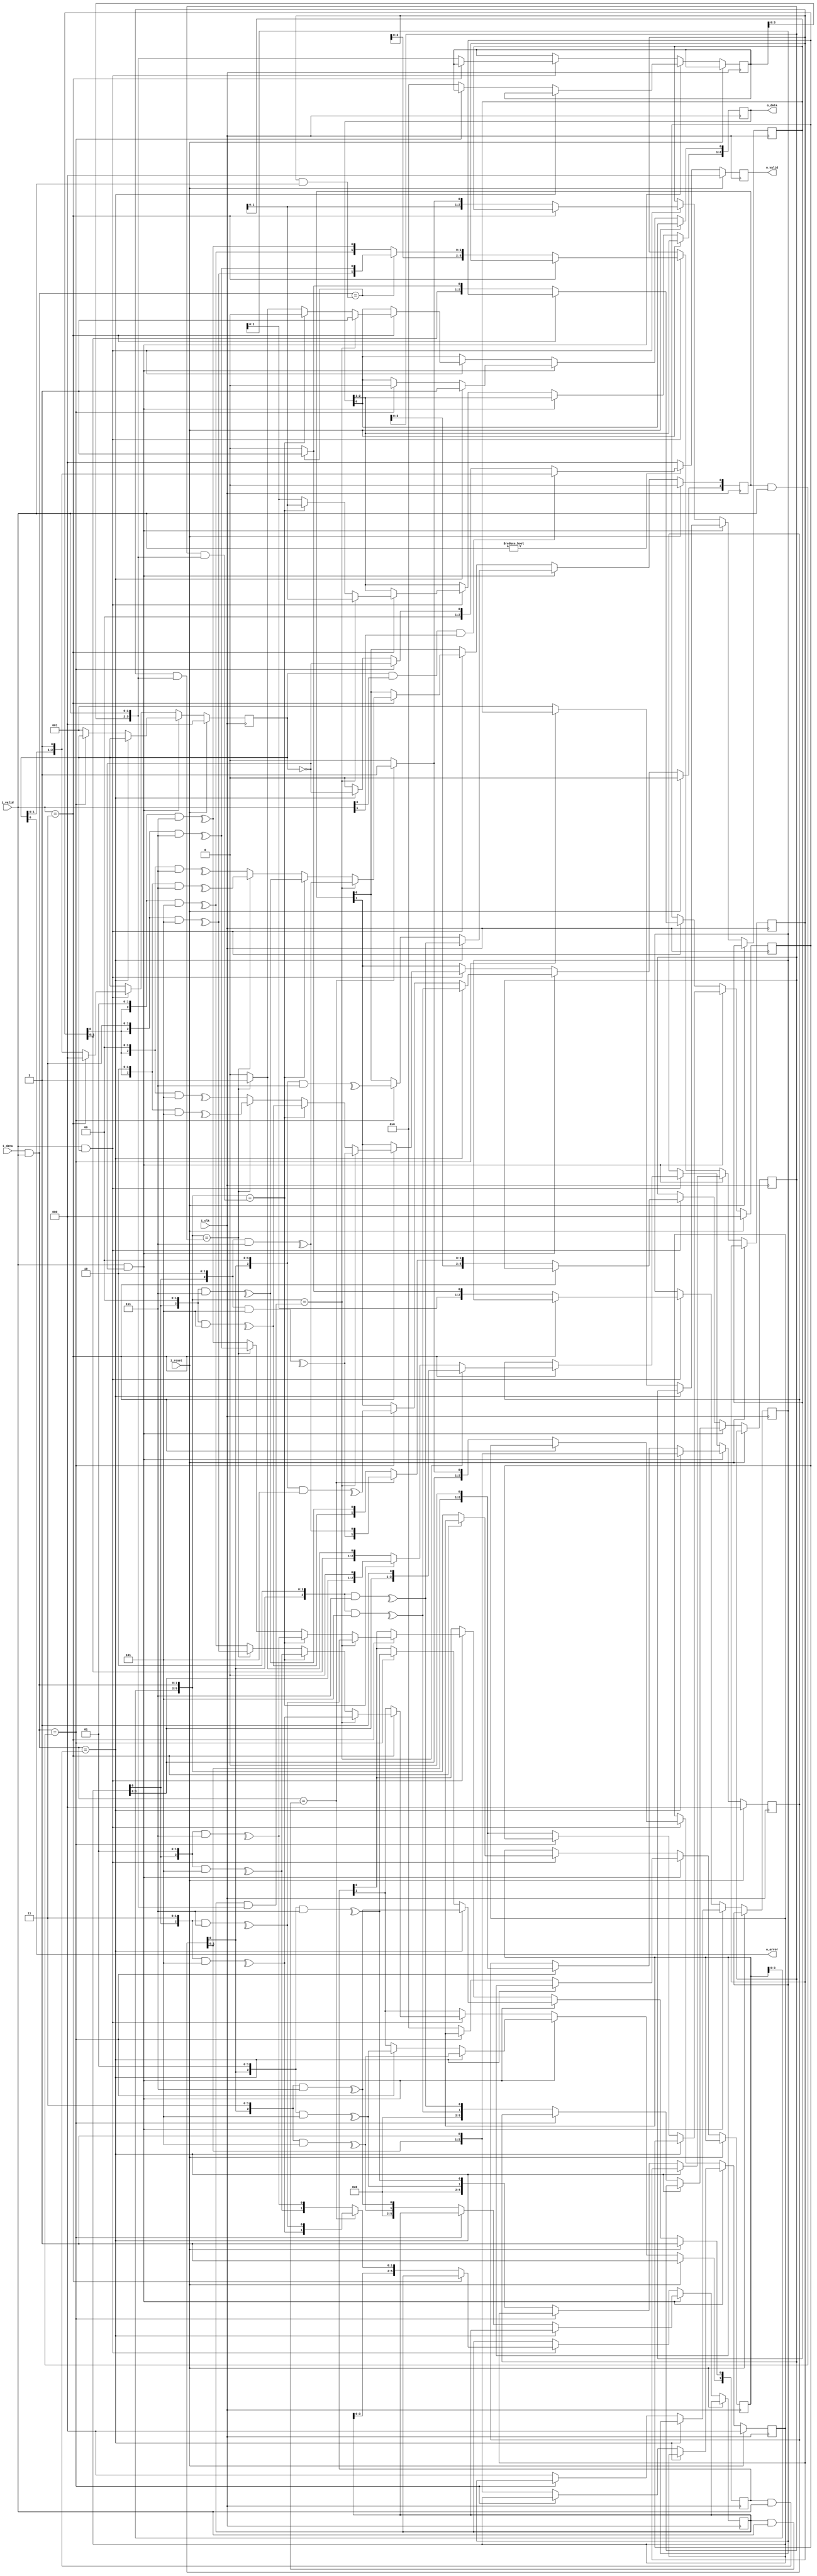
module viterbi_dec #(parameter p_size_polinom = 3, parameter p_polinom_0 = 3'b111, parameter p_polinom_1 = 3'b101, parameter p_defoult_state = 3'b000)(
    i_clk,
    i_reset,
    i_data,
    i_valid,
    o_data,
    o_valid,
    o_error
    );

    localparam p_defoult_in_0_0 = ^({p_defoult_state, 1'b0} & p_polinom_0);
    localparam p_defoult_in_0_1 = ^({p_defoult_state, 1'b0} & p_polinom_1);
    localparam p_defoult_in_1_0 = ^({p_defoult_state, 1'b1} & p_polinom_0);
    localparam p_defoult_in_1_1 = ^({p_defoult_state, 1'b1} & p_polinom_1);

    input i_clk;
    input i_reset;
    input [1:0] i_data;
    input [1:0] i_valid;
    output [p_size_polinom-1:0] o_data;
    output [p_size_polinom-1:0] o_valid;
    output o_error;


    /********************************************************************************/
    /* Regs and wires */
    /********************************************************************************/
     
    wire    [1:0]                   w_idata = i_data & i_valid;
    reg     [p_size_polinom-1:0]    r_odata = 0;
    reg     [p_size_polinom-1:0]    r_valid = 0;

    //data decoding after find error
    reg     [p_size_polinom-1:0]    r_shift_in = p_defoult_state;

    // code data if input 0 and 1
    reg     [1:0]                   r_mod_in_0 = {p_defoult_in_0_1, p_defoult_in_0_0};
    reg     [1:0]                   r_mod_in_1 = {p_defoult_in_1_1, p_defoult_in_1_0};

    // shift data if input 0 and 1
    wire    [p_size_polinom-1:0]    w_shift_in_0 = {r_shift_in, 1'b0};
    wire    [p_size_polinom-1:0]    w_shift_in_1 = {r_shift_in, 1'b1};
    wire    [p_size_polinom-1:0]    w_shift_in_xx   [3:0];

    //fix erro reg
    reg     [p_size_polinom-1:0]    r_flag_error = 0;
    // code data if input 00 01 10 11
    // reg     [1:0]                   r_mod_in_xx     [3:0];

    // shift data if input 000 to 111
    // wire    [p_size_polinom-1:0]    w_shift_in_xxx  [7:0];

    //TODO
    reg     [p_size_polinom*2-1:0]  r_mod_in_0d0;
    reg     [p_size_polinom*2-1:0]  r_mod_in_0d1;
    reg     [p_size_polinom*2-1:0]  r_mod_in_1d0;
    reg     [p_size_polinom*2-1:0]  r_mod_in_1d1;

    reg     [p_size_polinom*2-1:0]  r_in_data_old;
    reg     [p_size_polinom*2-1:0]  r_in_data_mask;
    wire    [p_size_polinom*2-1:0]  w_in_data_shift = {r_in_data_old, w_idata};
    wire    [p_size_polinom*2-1:0]  w_in_mask_shift = {r_in_data_mask, i_valid};

    reg     [p_size_polinom-1:0]    r_decod_in_0dx;
    reg     [p_size_polinom-1:0]    r_decod_in_1dx;

    reg     [p_size_polinom-1:0]    r_shift_in_0dx = p_defoult_state;
    reg     [p_size_polinom-1:0]    r_shift_in_1dx = p_defoult_state;
    wire    [p_size_polinom-1:0]    w_shift_in_xdx  [3:0];
    wire    [p_size_polinom-1:0]    w_shift_in_xdxx [7:0];

    /********************************************************************************/
    /* END Regs and wires */
    /********************************************************************************/

    /********************************************************************************/
    /* Assign */
    /********************************************************************************/
     
    assign o_data           = r_odata;
    assign o_valid          = r_valid;
    assign o_error          = r_flag_error;

    genvar i_xx, i_xxx, i_xdxx;
    generate 
    for(i_xx = 0 ; i_xx < 4; i_xx = i_xx + 1) begin : U_wire_xx
        assign w_shift_in_xx[i_xx] = {r_shift_in, i_xx[1:0]};
    end
    // for(i_xxx = 0 ; i_xxx < 8; i_xxx = i_xxx + 1) begin : U_wire_xxx
    //     assign w_shift_in_xxx[i_xxx] = {r_shift_in, i_xxx[2:0]};
    // end
    for(i_xdxx = 0 ; i_xdxx < 4; i_xdxx = i_xdxx + 1) begin : U_wire_xdxx
        assign w_shift_in_xdxx[i_xdxx] = {r_shift_in_0dx, i_xdxx[1:0]};
        assign w_shift_in_xdxx[i_xdxx + 4] = {r_shift_in_1dx, i_xdxx[1:0]};
    end
    endgenerate

    assign w_shift_in_xdx[2'b00] = {r_shift_in_0dx, 1'b0};
    assign w_shift_in_xdx[2'b01] = {r_shift_in_0dx, 1'b1};
    assign w_shift_in_xdx[2'b10] = {r_shift_in_1dx, 1'b0};
    assign w_shift_in_xdx[2'b11] = {r_shift_in_1dx, 1'b1};

    /********************************************************************************/
    /* END Assign */
    /********************************************************************************/

    /********************************************************************************/
    /* Process decoding */
    /********************************************************************************/

    always @(posedge i_clk) begin
        if(i_reset)
        begin
            r_mod_in_0 <= {p_defoult_in_0_1, p_defoult_in_0_0};
            r_mod_in_1 <= {p_defoult_in_1_1, p_defoult_in_1_0};
            r_flag_error <= 0;
            r_shift_in <= p_defoult_state;
            r_shift_in_0dx <= p_defoult_state;
            r_shift_in_1dx <= p_defoult_state;
        end
        else
        begin
            if(i_valid && !r_flag_error)
            begin : _defoult_decoding
                if(w_idata == (r_mod_in_1 & i_valid))
                begin
                    r_shift_in <= w_shift_in_1;
                    r_mod_in_0[0] <= ^(w_shift_in_xx[2'b10] & p_polinom_0);
                    r_mod_in_0[1] <= ^(w_shift_in_xx[2'b10] & p_polinom_1);
                    r_mod_in_1[0] <= ^(w_shift_in_xx[2'b11] & p_polinom_0);
                    r_mod_in_1[1] <= ^(w_shift_in_xx[2'b11] & p_polinom_1);
                    r_odata[0] <= 1;
                end
                else if(w_idata == (r_mod_in_0 & i_valid))
                begin
                    r_shift_in <= w_shift_in_0;
                    r_mod_in_0[0] <= ^(w_shift_in_xx[2'b00] & p_polinom_0);
                    r_mod_in_0[1] <= ^(w_shift_in_xx[2'b00] & p_polinom_1);
                    r_mod_in_1[0] <= ^(w_shift_in_xx[2'b01] & p_polinom_0);
                    r_mod_in_1[1] <= ^(w_shift_in_xx[2'b01] & p_polinom_1);
                    r_odata[0] <= 0;
                end
                else 
                begin : _find_error
                    r_flag_error <= 1;

                    r_shift_in_0dx <= w_shift_in_0;
                    r_shift_in_1dx <= w_shift_in_1;

                    r_mod_in_0d0 <= {0, ^(w_shift_in_xx[2'b00] & p_polinom_1), ^(w_shift_in_xx[2'b00] & p_polinom_0)};
                    r_mod_in_0d1 <= {0, ^(w_shift_in_xx[2'b01] & p_polinom_1), ^(w_shift_in_xx[2'b01] & p_polinom_0)};
                    r_mod_in_1d0 <= {0, ^(w_shift_in_xx[2'b10] & p_polinom_1), ^(w_shift_in_xx[2'b10] & p_polinom_0)};
                    r_mod_in_1d1 <= {0, ^(w_shift_in_xx[2'b11] & p_polinom_1), ^(w_shift_in_xx[2'b11] & p_polinom_0)};

                    r_decod_in_0dx <= 0;
                    r_decod_in_1dx <= 1;

                    r_in_data_old <= 0;
                    r_in_data_mask <= 0;
                end
            end
            else if(i_valid && r_flag_error)
            begin : _fix_error
                if(i_valid == 2'b11)//if come 2 bytes so i can fix error
                begin
                    r_flag_error <= 0;
                    if(w_in_data_shift == (r_mod_in_1d1 & w_in_mask_shift))
                    begin
                        r_shift_in <= w_shift_in_xdx[2'b11];
                        r_odata <= {r_decod_in_1dx, 1'b1};
                        r_mod_in_0[0] <= ^(w_shift_in_xdxx[3'b110] & p_polinom_0);
                        r_mod_in_0[1] <= ^(w_shift_in_xdxx[3'b110] & p_polinom_1);
                        r_mod_in_1[0] <= ^(w_shift_in_xdxx[3'b111] & p_polinom_0);
                        r_mod_in_1[1] <= ^(w_shift_in_xdxx[3'b111] & p_polinom_1);
                    end
                    else if(w_in_data_shift == (r_mod_in_1d0 & w_in_mask_shift))
                    begin
                        r_shift_in <= w_shift_in_xdx[2'b10];
                        r_odata <= {r_decod_in_1dx, 1'b0};
                        r_mod_in_0[0] <= ^(w_shift_in_xdxx[3'b100] & p_polinom_0);
                        r_mod_in_0[1] <= ^(w_shift_in_xdxx[3'b100] & p_polinom_1);
                        r_mod_in_1[0] <= ^(w_shift_in_xdxx[3'b101] & p_polinom_0);
                        r_mod_in_1[1] <= ^(w_shift_in_xdxx[3'b101] & p_polinom_1);
                    end
                    else if(w_in_data_shift == (r_mod_in_0d1 & w_in_mask_shift))
                    begin
                        r_shift_in <= w_shift_in_xdx[2'b01];
                        r_odata <= {r_decod_in_0dx, 1'b1};
                        r_mod_in_0[0] <= ^(w_shift_in_xdxx[3'b010] & p_polinom_0);
                        r_mod_in_0[1] <= ^(w_shift_in_xdxx[3'b010] & p_polinom_1);
                        r_mod_in_1[0] <= ^(w_shift_in_xdxx[3'b011] & p_polinom_0);
                        r_mod_in_1[1] <= ^(w_shift_in_xdxx[3'b011] & p_polinom_1);
                    end
                    else
                    begin
                        r_shift_in <= w_shift_in_xdx[2'b00];
                        r_odata <= {r_decod_in_0dx, 1'b0};
                        r_mod_in_0[0] <= ^(w_shift_in_xdxx[3'b000] & p_polinom_0);
                        r_mod_in_0[1] <= ^(w_shift_in_xdxx[3'b000] & p_polinom_1);
                        r_mod_in_1[0] <= ^(w_shift_in_xdxx[3'b001] & p_polinom_0);
                        r_mod_in_1[1] <= ^(w_shift_in_xdxx[3'b001] & p_polinom_1);
                    end
                end
                else //if come 1 bytes(speed more than 1/2) so I can't fix error and add in data to posible byffer and analize then
                begin
                    // TODO
                    r_flag_error <= {r_flag_error, 1'b1};
                    
                    r_in_data_old <= {r_in_data_old, w_idata};
                    r_in_data_mask <= {r_in_data_mask, i_valid};


                    // //next posible data
                    if(w_idata == (r_mod_in_0d1 & i_valid))         
                        r_mod_in_0d0 <= {r_mod_in_0d0, /*r_mod_in_0d1[1:0],*/ ^(w_shift_in_xdxx[3'b010] & p_polinom_1), ^(w_shift_in_xdxx[3'b010] & p_polinom_0)};
                    else                                            
                        r_mod_in_0d0 <= {r_mod_in_0d0, ^(w_shift_in_xdxx[3'b000] & p_polinom_1), ^(w_shift_in_xdxx[3'b000] & p_polinom_0)};

                    if(w_idata == (r_mod_in_0d1 & i_valid))         
                        r_mod_in_0d1 <= {r_mod_in_0d1, ^(w_shift_in_xdxx[3'b011] & p_polinom_1), ^(w_shift_in_xdxx[3'b011] & p_polinom_0)};
                    else                                            
                        r_mod_in_0d1 <= {r_mod_in_0d1, /*r_mod_in_0d0[1:0],*/ ^(w_shift_in_xdxx[3'b001] & p_polinom_1), ^(w_shift_in_xdxx[3'b001] & p_polinom_0)};

                    if(w_idata == (r_mod_in_1d1 & i_valid))         
                        r_mod_in_1d0 <= {r_mod_in_1d0, /*r_mod_in_1d1[1:0],*/ ^(w_shift_in_xdxx[3'b110] & p_polinom_1), ^(w_shift_in_xdxx[3'b110] & p_polinom_0)};
                    else                                            
                        r_mod_in_1d0 <= {r_mod_in_1d0, ^(w_shift_in_xdxx[3'b100] & p_polinom_1), ^(w_shift_in_xdxx[3'b100] & p_polinom_0)};

                    if(w_idata == (r_mod_in_1d1 & i_valid))         
                        r_mod_in_1d1 <= {r_mod_in_1d1, ^(w_shift_in_xdxx[3'b111] & p_polinom_1), ^(w_shift_in_xdxx[3'b111] & p_polinom_0)};
                    else                                            
                        r_mod_in_1d1 <= {r_mod_in_1d1, /*r_mod_in_1d0[1:0],*/ ^(w_shift_in_xdxx[3'b101] & p_polinom_1), ^(w_shift_in_xdxx[3'b101] & p_polinom_0)};


                    //decod shift
                    if(w_idata == (r_mod_in_0d1 & i_valid))         r_shift_in_0dx <= {r_shift_in_0dx, 1'b1};
                    else                                            r_shift_in_0dx <= {r_shift_in_0dx, 1'b0};

                    if(w_idata == (r_mod_in_1d1 & i_valid))         r_shift_in_1dx <= {r_shift_in_1dx, 1'b1};
                    else                                            r_shift_in_1dx <= {r_shift_in_1dx, 1'b0};


                    //decod val
                    if(w_idata == (r_mod_in_0d1 & i_valid))         r_decod_in_0dx <= {r_decod_in_0dx, 1'b1};
                    else                                            r_decod_in_0dx <= {r_decod_in_0dx, 1'b0};

                    if(w_idata == (r_mod_in_1d1 & i_valid))         r_decod_in_1dx <= {r_decod_in_1dx, 1'b1};
                    else                                            r_decod_in_1dx <= {r_decod_in_1dx, 1'b0};

                end
            end
        end
    end

    always @(posedge i_clk) begin
        if(i_reset)
        begin
            r_valid <= 0;
        end
        else
        begin
            if(i_valid)
            begin
                if(r_flag_error && i_valid[0] && i_valid[1])        r_valid <= {r_flag_error, 1'b1};
                else if(w_idata == (r_mod_in_0 & i_valid))          r_valid <= !r_flag_error;
                else if(w_idata == (r_mod_in_1 & i_valid))          r_valid <= !r_flag_error;
                else                                                r_valid <= 0;
            end
            else    r_valid <= 0;
        end
    end

    /********************************************************************************/
    /* END Process decoding */
    /********************************************************************************/

endmodule